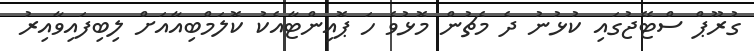
ގުރޫޕް ސްޓޭޖުގައި ކުޅުނު ދެ މެޗުން މޮޅުވެ ހަ ޕޮއިންޓާއެކު ކޮލަމްބިއާއަށް ލިބިފައިވާއިރު